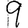
Digit: 9